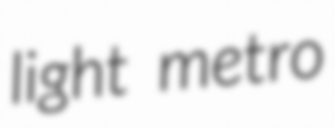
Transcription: light metro